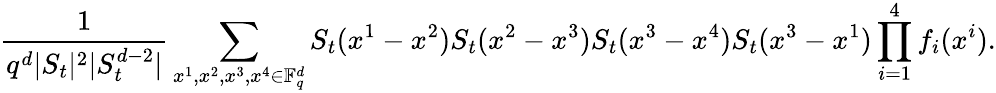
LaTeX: \frac{1}{q^{d}|S_{t}|^{2}|S_{t}^{d-2}|}\sum_{x^{1},x^{2},x^{3},x^{4}\in\mathbb F_{q}^{d}}S_{t}(x^{1}-x^{2})S_{t}(x^{2}-x^{3})S_{t}(x^{3}-x^{4})S_{t}(x^{3}-x^{1})\prod_{i=1}^{4}f_{i}(x^{i}).